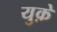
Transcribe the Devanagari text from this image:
युक़े